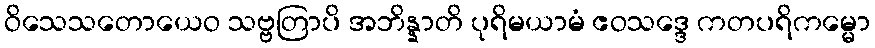
ဝိသေသတောယေဝ သဗ္ဗတြာပိ အဘိန္နာတိ ပုရိမယာမံ ဧဝသဒ္ဒေ ကတပရိကမ္မော